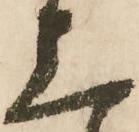
上